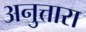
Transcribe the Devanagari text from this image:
अनुत्तारा